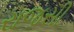
રાજસી